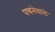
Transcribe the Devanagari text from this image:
पचनेवाले